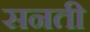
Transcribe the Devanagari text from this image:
सनती